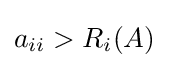
a_{ii}>R_{i}(A)